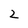
Character: 2